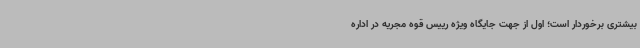
بیشتری برخوردار است؛ اول از جهت جایگاه ویژه رییس قوه مجریه در اداره